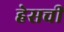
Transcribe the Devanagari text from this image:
हेसची